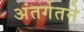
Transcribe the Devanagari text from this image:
अंतर्गतने